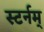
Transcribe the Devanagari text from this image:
स्टर्नम्‌